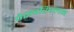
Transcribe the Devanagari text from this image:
पेरूवरिपलम